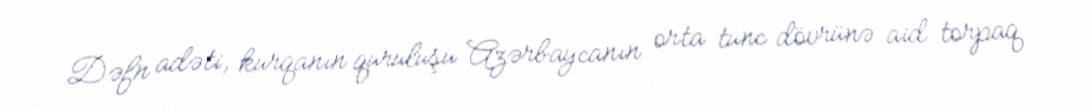
Dəfn adəti, kurqanın quruluşu Azərbaycanın orta tunc dövrünə aid torpaq